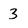
Character: 3